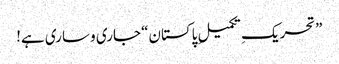
”تحریکِ تکمیلِ پاکستان“ جاری و ساری ہے!